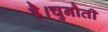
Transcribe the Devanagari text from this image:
है।चुनौती